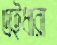
এইধারা